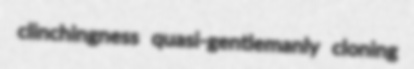
clinchingness quasi-gentlemanly cloning